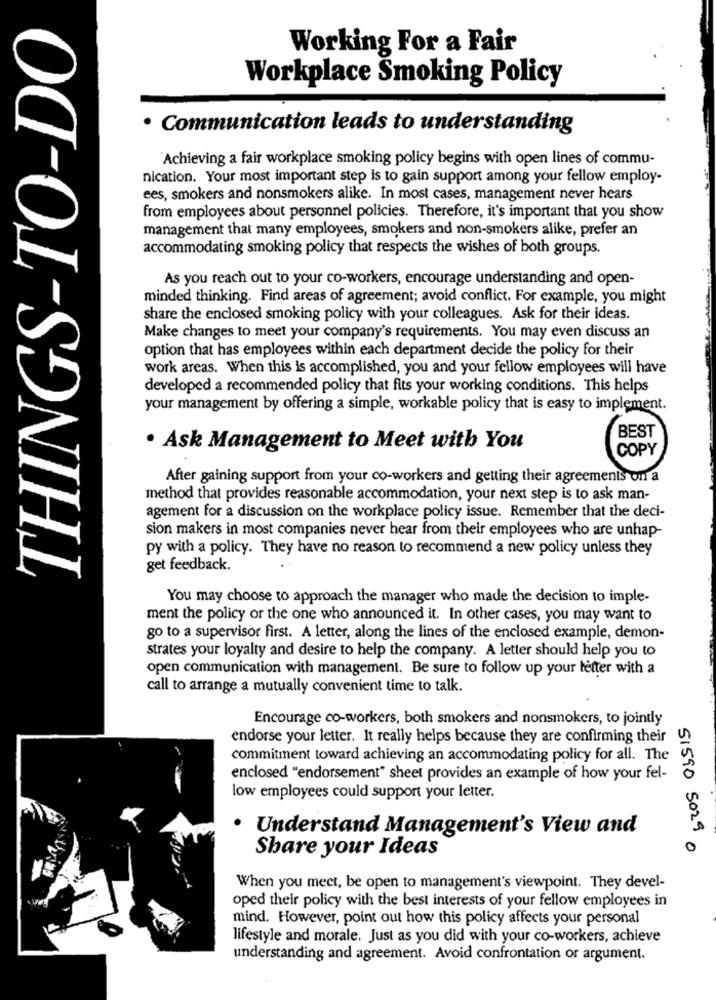
THINGS-TO-DO
Working For a Fair
Workplace Smoking Policy
· Communication leads to understanding
Achieving a fair workplace smoking policy begins with open lines of commu-
nication. Your most important step is to gain support among your fellow employ-
ees, smokers and nonsmokers alike. In most cases, management never hears
from employees about personnel policies. Therefore, it's important that you show
management that many employees, smokers and non-smokers alike, prefer an
accommodating smoking policy that respects the wishes of both groups.
As you reach out to your co-workers, encourage understanding and open-
minded thinking. Find areas of agreement; avoid conflict. For example, you might
share the enclosed smoking policy with your colleagues. Ask for their ideas.
Make changes to meet your company's requirements. You may even discuss an
option that has employees within each department decide the policy for their
work areas. When this is accomplished, you and your fellow employees will have
developed a recommended policy that fits your working conditions. This helps
your management by offering a simple, workable policy that is easy to implement.
BEST
. Ask Management to Meet with You
COPY
After gaining support from your co-workers and getting their agreements on a
method that provides reasonable accommodation, your next step is to ask man-
agement for a discussion on the workplace policy issue. Remember that the deci-
sion makers in most companies never hear from their employees who are unhap-
py with a policy. They have no reason to recommend a new policy unless they
get feedback.
You may choose to approach the manager who made the decision to imple-
ment the policy or the one who announced it. In other cases, you may want to
go to a supervisor first. A letter, along the lines of the enclosed example, demon-
strates your loyalty and desire to help the company. A letter should help you to
open communication with management. Be sure to follow up your letter with a
call to arrange a mutually convenient time to talk.
Encourage co-workers, both smokers and nonsmokers, to jointly
endorse your letter. It really helps because they are confirming their
commitment toward achieving an accommodating policy for all. The
enclosed "endorsement" sheet provides an example of how your fel-
low employees could support your letter.
· Understand Management's View and
Share your Ideas
51590 5029
When you meet, be open to management's viewpoint. They devel-
oped their policy with the best interests of your fellow employees in
mind. However, point out how this policy affects your personal
lifestyle and morale. Just as you did with your co-workers, achieve
understanding and agreement. Avoid confrontation or argument.